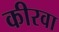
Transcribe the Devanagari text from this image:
कीरवा